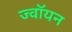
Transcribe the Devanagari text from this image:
ज्वॉयन